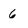
Character: 6